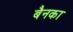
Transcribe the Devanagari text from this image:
बैनका